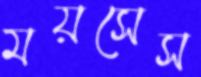
ময়সেস